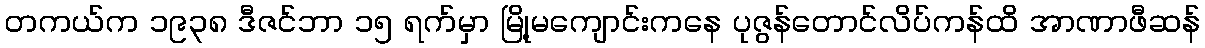
တကယ်က ၁၉၃၈ ဒီဇင်ဘာ ၁၅ ရက်မှာ မြို့မကျောင်းကနေ ပုဇွန်တောင်လိပ်ကန်ထိ အာဏာဖီဆန်